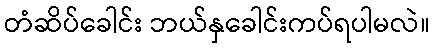
တံဆိပ်ခေါင်း ဘယ်နှခေါင်းကပ်ရပါမလဲ။